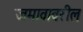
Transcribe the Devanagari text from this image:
जमावावरील